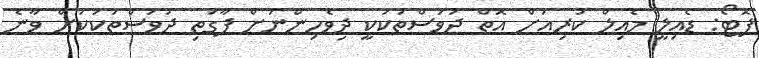
ފޮޓޯ: ޑެއިލީ މެއިލް ކުރިއަށް އޮތް ދުވަސްތަކަކީ ދިވެހިންނަށް ފާގަތި ދުވަސްތަކަކަށް ވާނެ